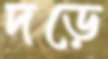
দড়ে